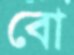
বো